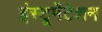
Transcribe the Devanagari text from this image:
इंस्‍टूमेंटेशन